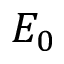
E _ { 0 }